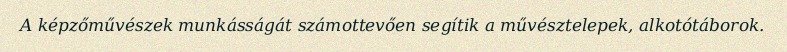
A képzőművészek munkásságát számottevően segítik a művésztelepek, alkotótáborok.